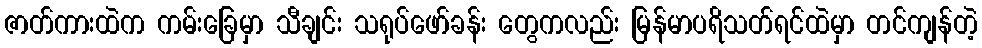
ဇာတ်ကားထဲက ကမ်းခြေမှာ သီချင်း သရုပ်ဖော်ခန်း တွေကလည်း မြန်မာပရိသတ်ရင်ထဲမှာ တင်ကျန်တဲ့